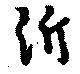
沂